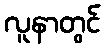
လူနာတွင်